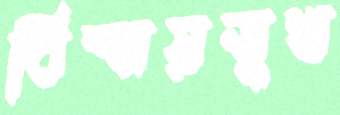
বিস্ময়সুখ